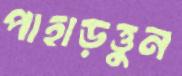
পাহাড়ত্তুন